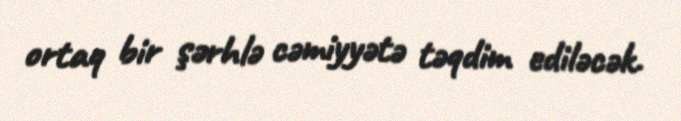
ortaq bir şərhlə cəmiyyətə təqdim ediləcək.